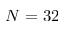
N = 3 2